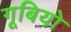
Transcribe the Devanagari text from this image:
गूबियो